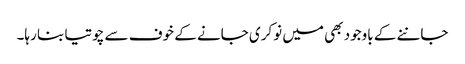
جاننے کے باوجود بھی میں نوکری جانے کے خوف سے چوتیا بنا رہا۔